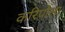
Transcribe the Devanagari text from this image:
करिपोला